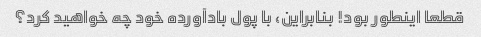
قطعا اینطور بود! بنابراین، با پول بادآورده خود چه خواهید کرد؟